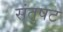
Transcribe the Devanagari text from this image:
संतुषट